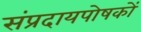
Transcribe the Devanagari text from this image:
संप्रदायपोषकों